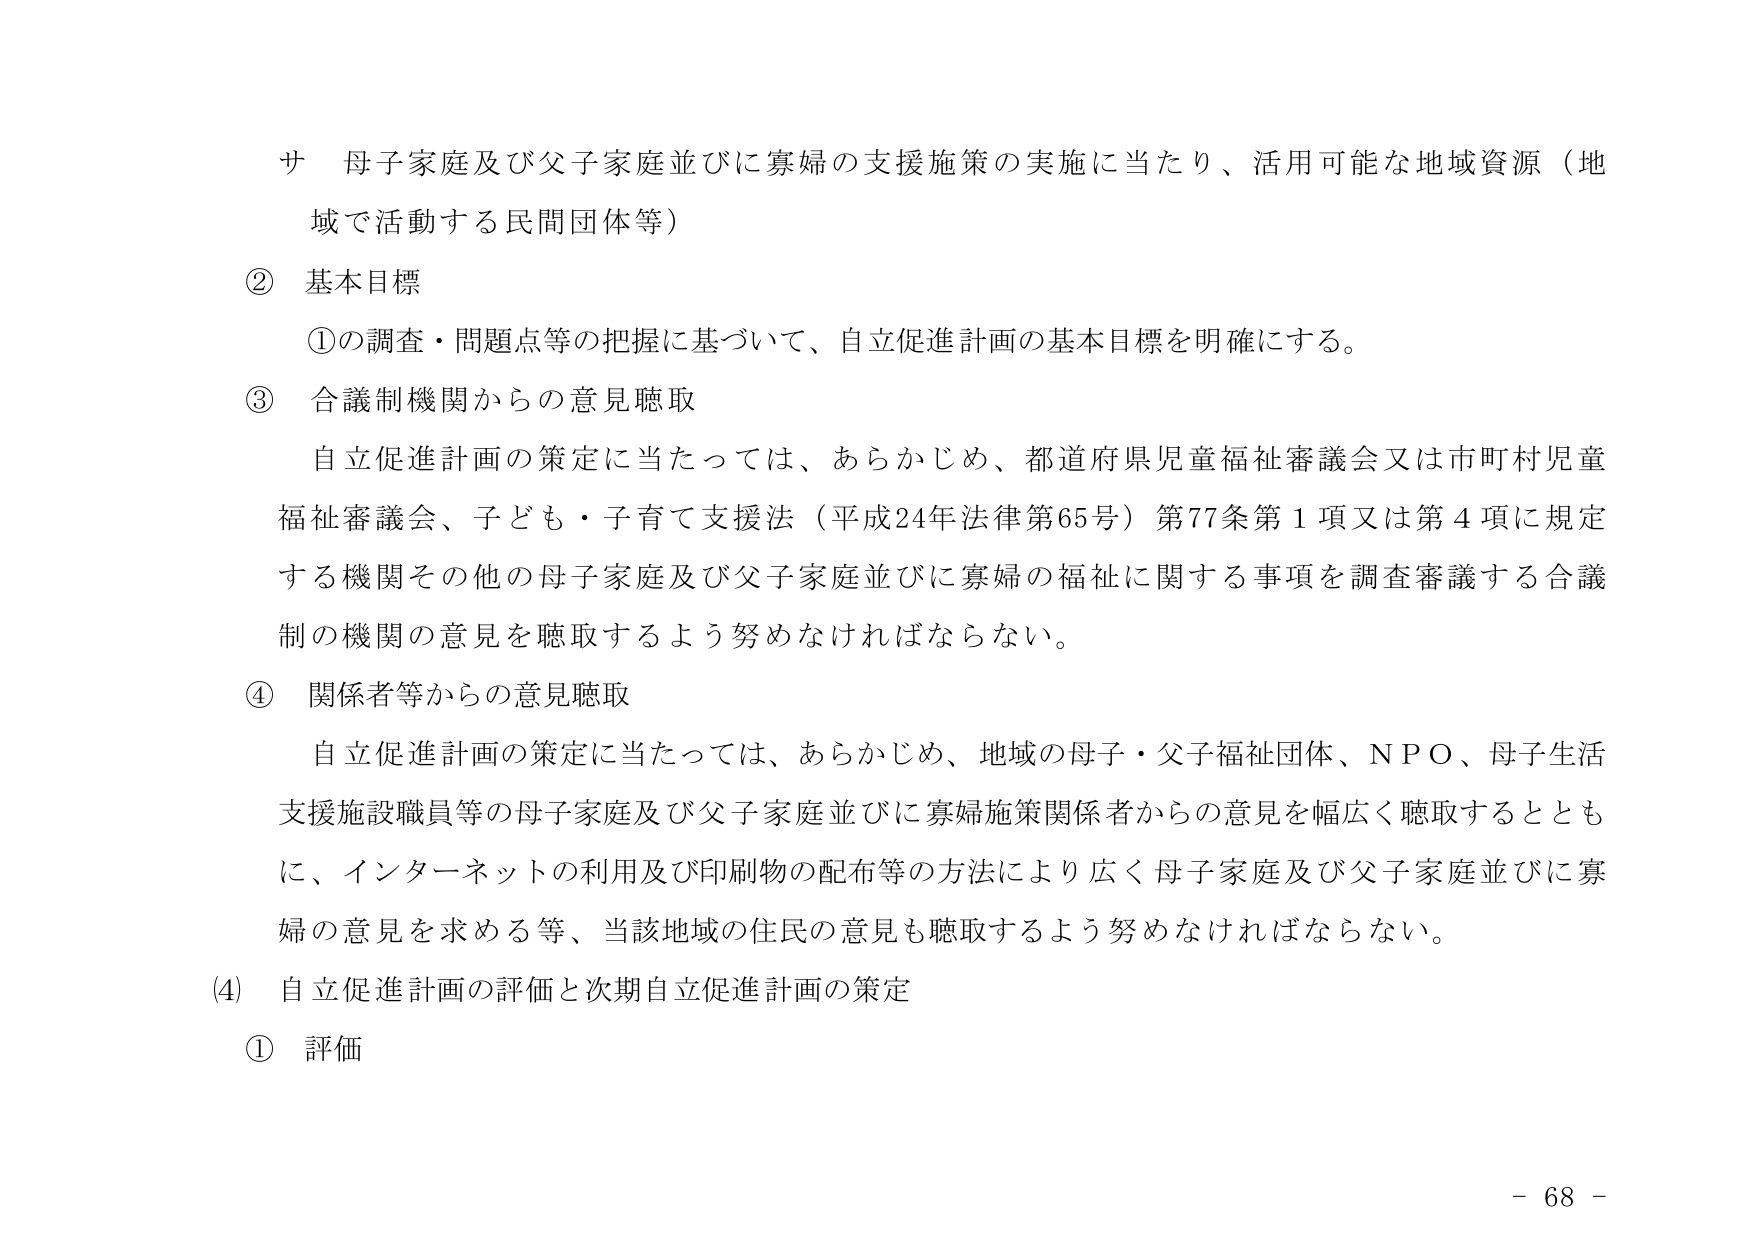
サ 母子家庭及び父子家庭並びに寡婦の支援施策の実施に当たり、活用可能な地域資源（地域で活動する民間団体等）

② 基本目標
①の調査・問題点等の把握に基づいて、自立促進計画の基本目標を明確にする。

③ 合議制機関からの意見聴取
自立促進計画の策定に当たっては、あらかじめ、都道府県児童福祉審議会又は市町村児童福祉審議会、子ども・子育て支援法（平成24年法律第65号）第77条第1項又は第4項に規定する機関その他の母子家庭及び父子家庭並びに寡婦の福祉に関する事項を調査審議する合議制の機関の意見を聴取するよう努めなければならない。

④ 関係者等からの意見聴取
自立促進計画の策定に当たっては、あらかじめ、地域の母子・父子福祉団体、NPO、母子生活支援施設職員等の母子家庭及び父子家庭並びに寡婦施策関係者からの意見を幅広く聴取するとともに、インターネットの利用及び印刷物の配布等の方法により広く母子家庭及び父子家庭並びに寡婦の意見を求める等、当該地域の住民の意見も聴取するよう努めなければならない。

(4) 自立促進計画の評価と次期自立促進計画の策定
① 評価

- 68 -